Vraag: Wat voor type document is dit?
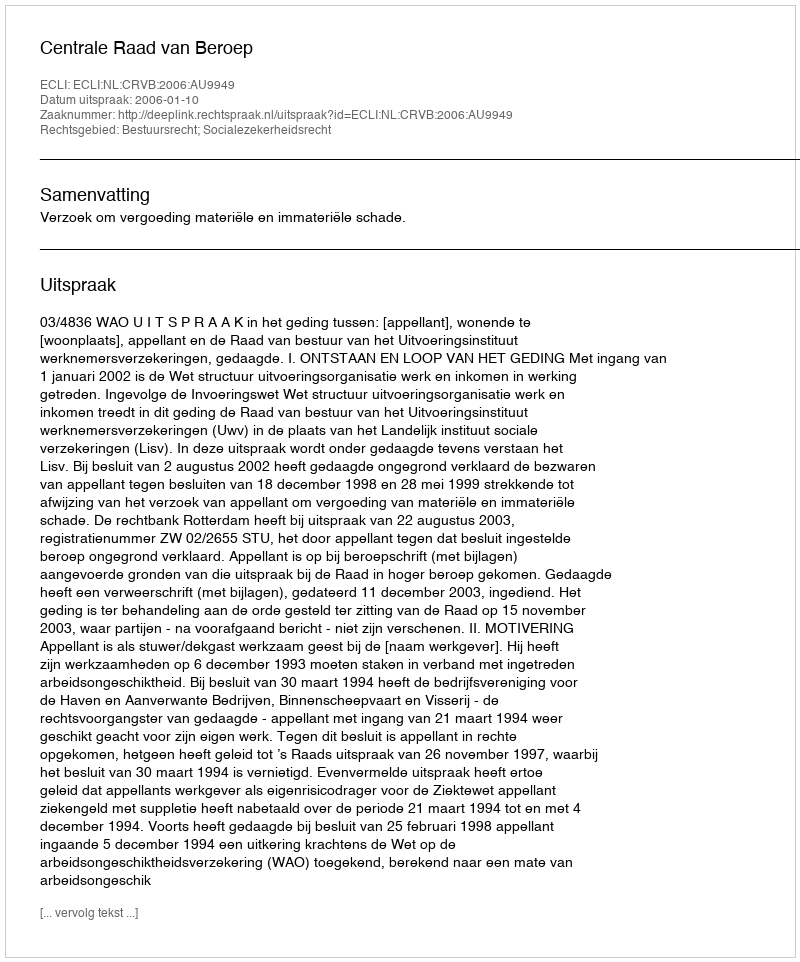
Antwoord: Uitspraak